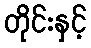
တိုင်းနှင့်